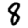
Digit: 8